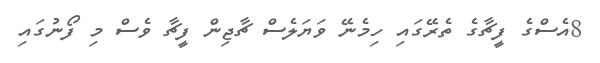
8އެސްގެ ފީޗާގެ ތެރޭގައި ހިމެނޭ ވަޔަލެސް ޗާޖިން ފީޗާ ވެސް މި ފޯނުގައި